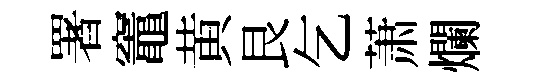
署竈黄艮乞萧爛